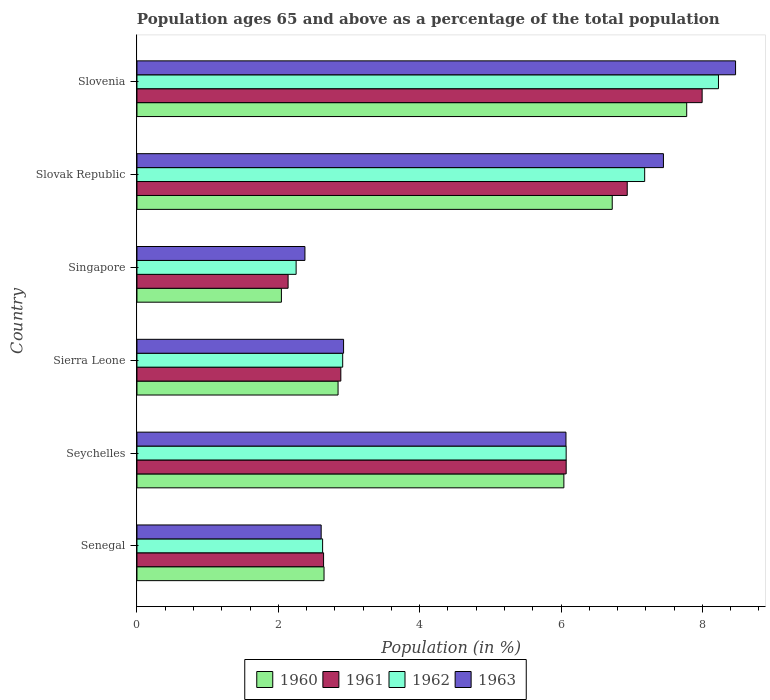
| Country | 1960 | 1961 | 1962 | 1963 |
 | --- | --- | --- | --- | --- |
 | Senegal | 2.65 | 2.64 | 2.63 | 2.61 |
 | Seychelles | 6.04 | 6.07 | 6.07 | 6.07 |
 | Sierra Leone | 2.85 | 2.88 | 2.91 | 2.92 |
 | Singapore | 2.04 | 2.14 | 2.25 | 2.38 |
 | Slovak Republic | 6.72 | 6.94 | 7.18 | 7.45 |
 | Slovenia | 7.78 | 8 | 8.23 | 8.47 |